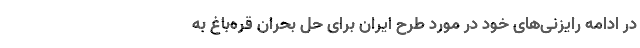
در ادامه رایزنی‌های خود در مورد طرح ایران برای حل بحران قره‌باغ به